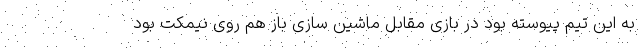
به این تیم پیوسته بود در بازی مقابل ماشین سازی باز هم روی نیمکت بود